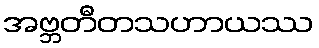
အဗ္ဘတီတသဟာယဿ